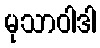
မုသာဝါဒါ